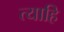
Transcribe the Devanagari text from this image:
त्याहि